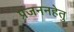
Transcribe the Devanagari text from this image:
प्रजननहेतु